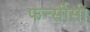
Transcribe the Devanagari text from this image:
फर्न्सीसी